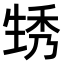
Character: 𤯪